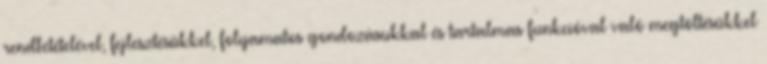
rendbetételével, fejlesztésükkel, folyamatos gondozásukkal és tartalmas funkcióval való megtöltésükkel